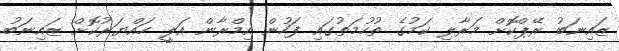
ޒައިނަބު ރޭޕްކޮށް މަރާލި ކަމުގެ ތުހުމަތުގައި ފަހުން އިމްރާން އަލީ ހައްޔަރުކޮށް ޒައިނަބު